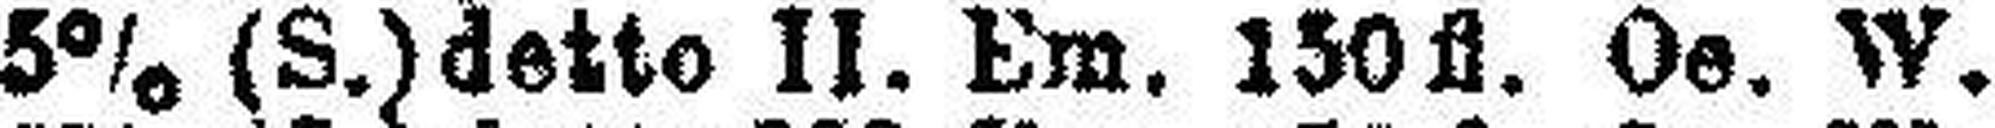
5% (S.) detto II. Em. 150 fl. Oe. W.